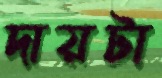
দায়টা